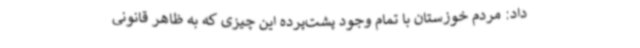
داد: مردم خوزستان با تمام وجود پشت‌پرده این چیزی که به ظاهر قانونی